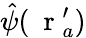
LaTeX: \hat{\psi}(\mathrm{~\mathbf~r~}_{a}^{\prime})